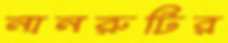
নানরুটির